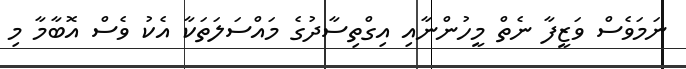
ނަމަވެސް ވަޒީފާ ނެތް މީހުންނާއި އިގްތިސާދުގެ މައްސަލަތަކާ އެކު ވެސް އޮބާމާ މި